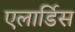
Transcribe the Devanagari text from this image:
एलार्डिस